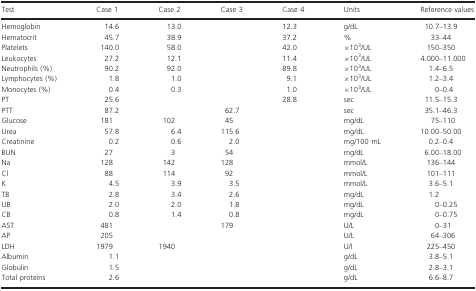
<table><thead><tr><td><b>Test</b></td><td><b>Case 1</b></td><td><b>Case 2</b></td><td><b>Case 3</b></td><td><b>Case 4</b></td><td><b>Units</b></td><td><b>Reference values</b></td></tr></thead><tbody><tr><td>Hemoglobin</td><td>14.6</td><td>13.0</td><td></td><td>12.3</td><td>g/dL</td><td>10.7–13.9</td></tr><tr><td>Hematocrit</td><td>45.7</td><td>38.9</td><td></td><td>37.2</td><td>%</td><td>33–44</td></tr><tr><td>Platelets</td><td>140.0</td><td>58.0</td><td></td><td>42.0</td><td>×10<sup>3</sup>/UL</td><td>150–350</td></tr><tr><td>Leukocytes</td><td>27.2</td><td>12.1</td><td></td><td>11.4</td><td>×10<sup>3</sup>/UL</td><td>4.000–11.000</td></tr><tr><td>Neutrophils (%)</td><td>90.2</td><td>92.0</td><td></td><td>89.8</td><td>×10<sup>3</sup>/UL</td><td>1.4–6.5</td></tr><tr><td>Lymphocytes (%)</td><td>1.8</td><td>1.0</td><td></td><td>9.1</td><td>×10<sup>3</sup>/UL</td><td>1.2–3.4</td></tr><tr><td>Monocytes (%)</td><td>0.4</td><td>0.3</td><td></td><td>1.0</td><td>×10<sup>3</sup>/UL</td><td>0–0.4</td></tr><tr><td>PT</td><td>25.6</td><td></td><td></td><td>28.8</td><td>sec</td><td>11.5–15.3</td></tr><tr><td>PTT</td><td>87.2</td><td></td><td>62.7</td><td></td><td>sec</td><td>35.1–46.3</td></tr><tr><td>Glucose</td><td>181</td><td>102</td><td>45</td><td></td><td>mg/dL</td><td>75–110</td></tr><tr><td>Urea</td><td>57.8</td><td>6.4</td><td>115.6</td><td></td><td>mg/dL</td><td>10.00–50.00</td></tr><tr><td>Creatinine</td><td>0.2</td><td>0.6</td><td>2.0</td><td></td><td>mg/100 mL</td><td>0.2–0.4</td></tr><tr><td>BUN</td><td>27</td><td>3</td><td>54</td><td></td><td>mg/dL</td><td>6.00–18.00</td></tr><tr><td>Na</td><td>128</td><td>142</td><td>128</td><td></td><td>mmol/L</td><td>136–144</td></tr><tr><td>Cl</td><td>88</td><td>114</td><td>92</td><td></td><td>mmol/L</td><td>101–111</td></tr><tr><td>K</td><td>4.5</td><td>3.9</td><td>3.5</td><td></td><td>mmol/L</td><td>3.6–5.1</td></tr><tr><td>TB</td><td>2.8</td><td>3.4</td><td>2.6</td><td></td><td>mg/dL</td><td>1.2</td></tr><tr><td>UB</td><td>2.0</td><td>2.0</td><td>1.8</td><td></td><td>mg/dL</td><td>0–0.25</td></tr><tr><td>CB</td><td>0.8</td><td>1.4</td><td>0.8</td><td></td><td>mg/dL</td><td>0–0.75</td></tr><tr><td>AST</td><td>481</td><td></td><td>179</td><td></td><td>U/L</td><td>0–31</td></tr><tr><td>AP</td><td>205</td><td></td><td></td><td></td><td>U/L</td><td>64–306</td></tr><tr><td>LDH</td><td>1979</td><td>1940</td><td></td><td></td><td>U/l</td><td>225–450</td></tr><tr><td>Albumin</td><td>1.1</td><td></td><td></td><td></td><td>g/dL</td><td>3.8–5.1</td></tr><tr><td>Globulin</td><td>1.5</td><td></td><td></td><td></td><td>g/dL</td><td>2.8–3.1</td></tr><tr><td>Total proteins</td><td>2.6</td><td></td><td></td><td></td><td>g/dL</td><td>6.6–8.7</td></tr></tbody></table>